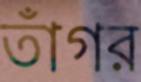
তাঁগর